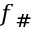
f _ { \# }